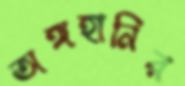
অঙ্গহানির